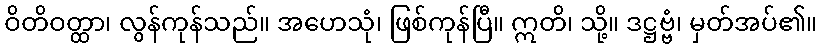
ဝိတိဝတ္ထာ၊ လွန်ကုန်သည်။ အဟေသုံ၊ ဖြစ်ကုန်ပြီ။ ဣတိ၊ သို့။ ဒဋ္ဌဗ္ဗံ၊ မှတ်အပ်၏။